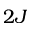
2 J